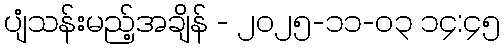
ပျံသန်းမည့်အချိန် - ၂၀၂၅-၁၁-၀၃ ၁၄:၄၅